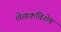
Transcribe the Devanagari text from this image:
लेखकविशेष